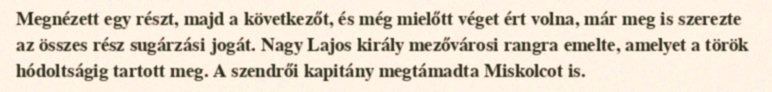
Megnézett egy részt, majd a következőt, és még mielőtt véget ért volna, már meg is szerezte az összes rész sugárzási jogát. Nagy Lajos király mezővárosi rangra emelte, amelyet a török hódoltságig tartott meg. A szendrői kapitány megtámadta Miskolcot is.